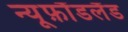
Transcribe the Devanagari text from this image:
न्यूफ़ौंडलैंड